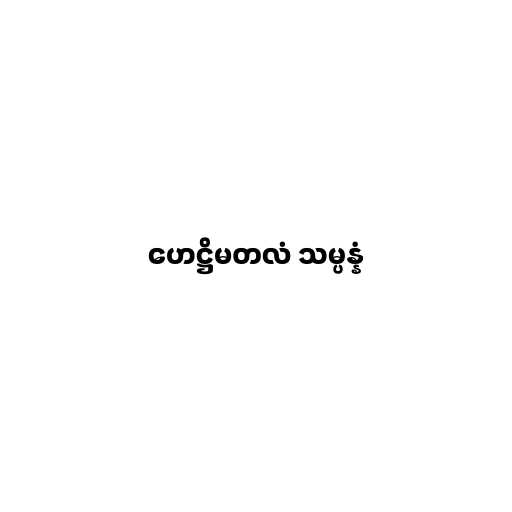
ဟေဋ္ဌိမတလံ သမ္ပန္နံ